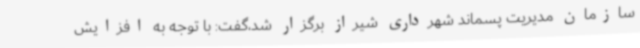
سازمان مدیریت پسماند شهرداری شیراز برگزار شد،گفت: با توجه به افزایش